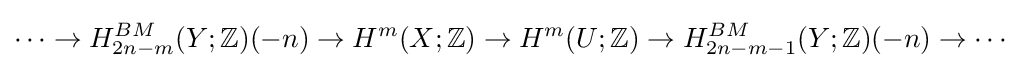
\cdots \to H_{2n-m}^{BM}(Y;\mathbb {Z} )(-n)\to H^{m}(X;\mathbb {Z} )\to H^{m}(U;\mathbb {Z} )\to H_{2n-m-1}^{BM}(Y;\mathbb {Z} )(-n)\to \cdots